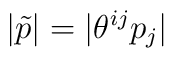
|\tilde{p}| = |\theta^{ij}p_{j}|